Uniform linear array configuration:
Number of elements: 4
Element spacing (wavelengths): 0.25
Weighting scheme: kaiser
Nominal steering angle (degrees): -45
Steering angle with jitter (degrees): -46.753
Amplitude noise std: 0.05
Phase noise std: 0.05

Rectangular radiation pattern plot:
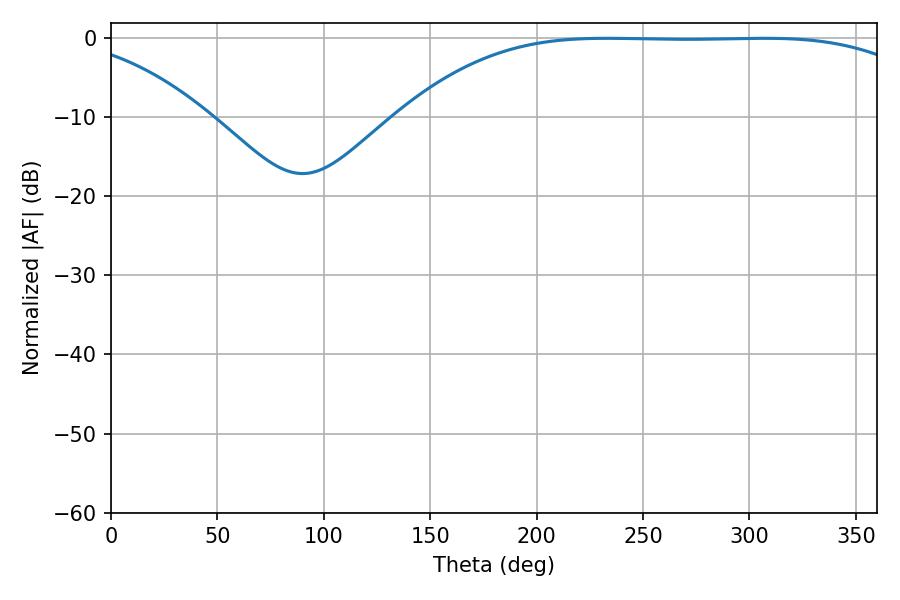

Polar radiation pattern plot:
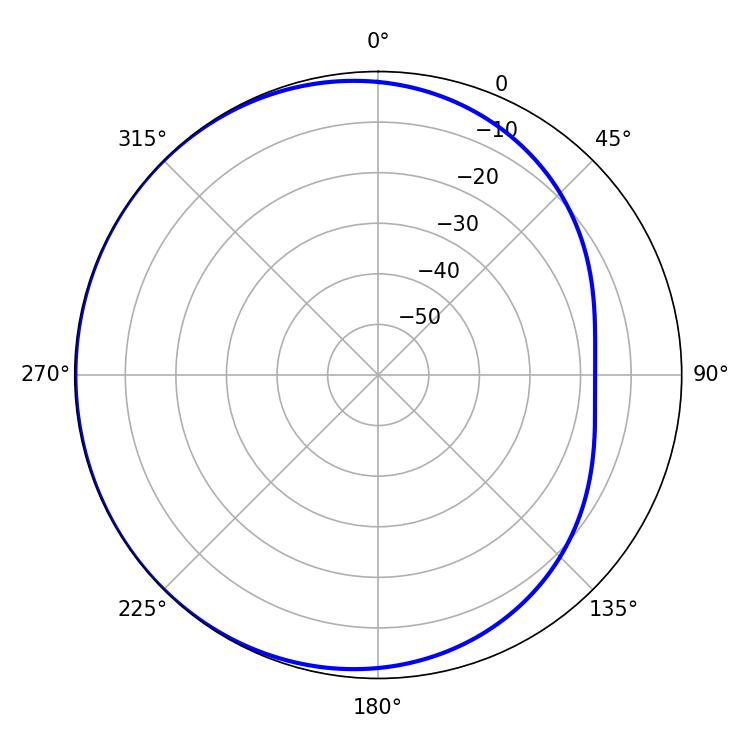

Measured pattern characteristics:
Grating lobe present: FALSE
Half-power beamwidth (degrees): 188.64
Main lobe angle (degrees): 232.92